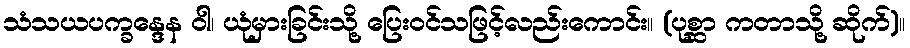
သံသယပက္ခန္ဒေန ဝါ၊ ယုံမှားခြင်းသို့ ပြေးဝင်သဖြင့်လည်းကောင်း။ (ပုစ္ဆာ ကတာသို့ ဆိုက်)။